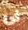
فى